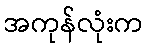
အကုန်လုံးက